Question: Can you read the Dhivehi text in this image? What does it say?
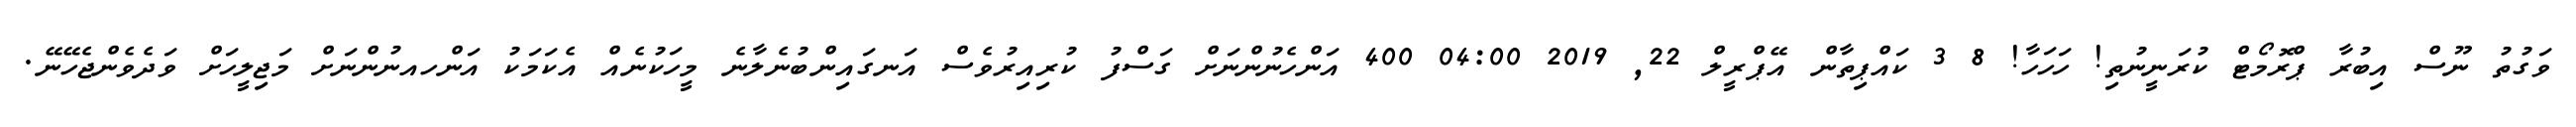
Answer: ވަގުތު ނޫސް އިބުރާ ޕްރޮމޯޓް ކުރަނީނުތި! ހަހަހާ! 8 3 ކައްޕިތާން އޭޕްރީލް 22, 2019 04:00 400 އަންހެނުންނަށް ގަސްފު ކުރިއިރުވެސް އަނގައިންބުނެލާނެ މީހަކުނެއް އެކަމަކު އަންހއނުންނަށް މަޖިލީހަށް ވަދެވެންޖެހޭނޭ.